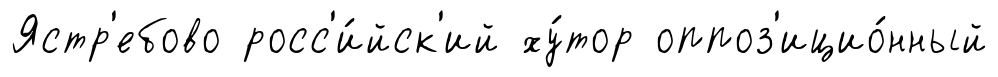
Ястр'ебово росс'и́йск'ий ху́тор оппоз'ицио́нный